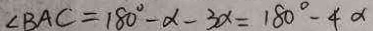
\angle B A C = 1 8 0 ^ { \circ } - \alpha - 3 \alpha = 1 8 0 ^ { \circ } - 4 \alpha